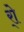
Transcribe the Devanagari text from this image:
र्‍ाे